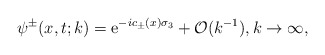
\begin{align*}&\psi^{\pm}(x,t;k)=\mathrm{e}^{ -ic_\pm(x)\sigma_3}+\mathcal{O}(k^{-1}),k\rightarrow\infty,\end{align*}